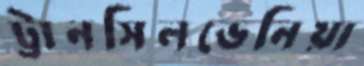
ট্রানসিলভেনিয়া